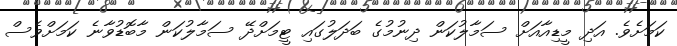
ކަމަށެވެ. އަދި މީޑިއާއަށް ސަމާލުކަން ދިނުމުގެ ބަދަލުގައި ޓީމަށްދޭ ސަމާލުކަން މާބޮޑުވާނެ ކަމަށްވެސް